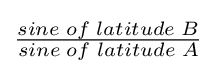
{\begin{matrix}{\frac {sine\;of\;latitude\;B}{sine\;of\;latitude\;A}}\end{matrix}}